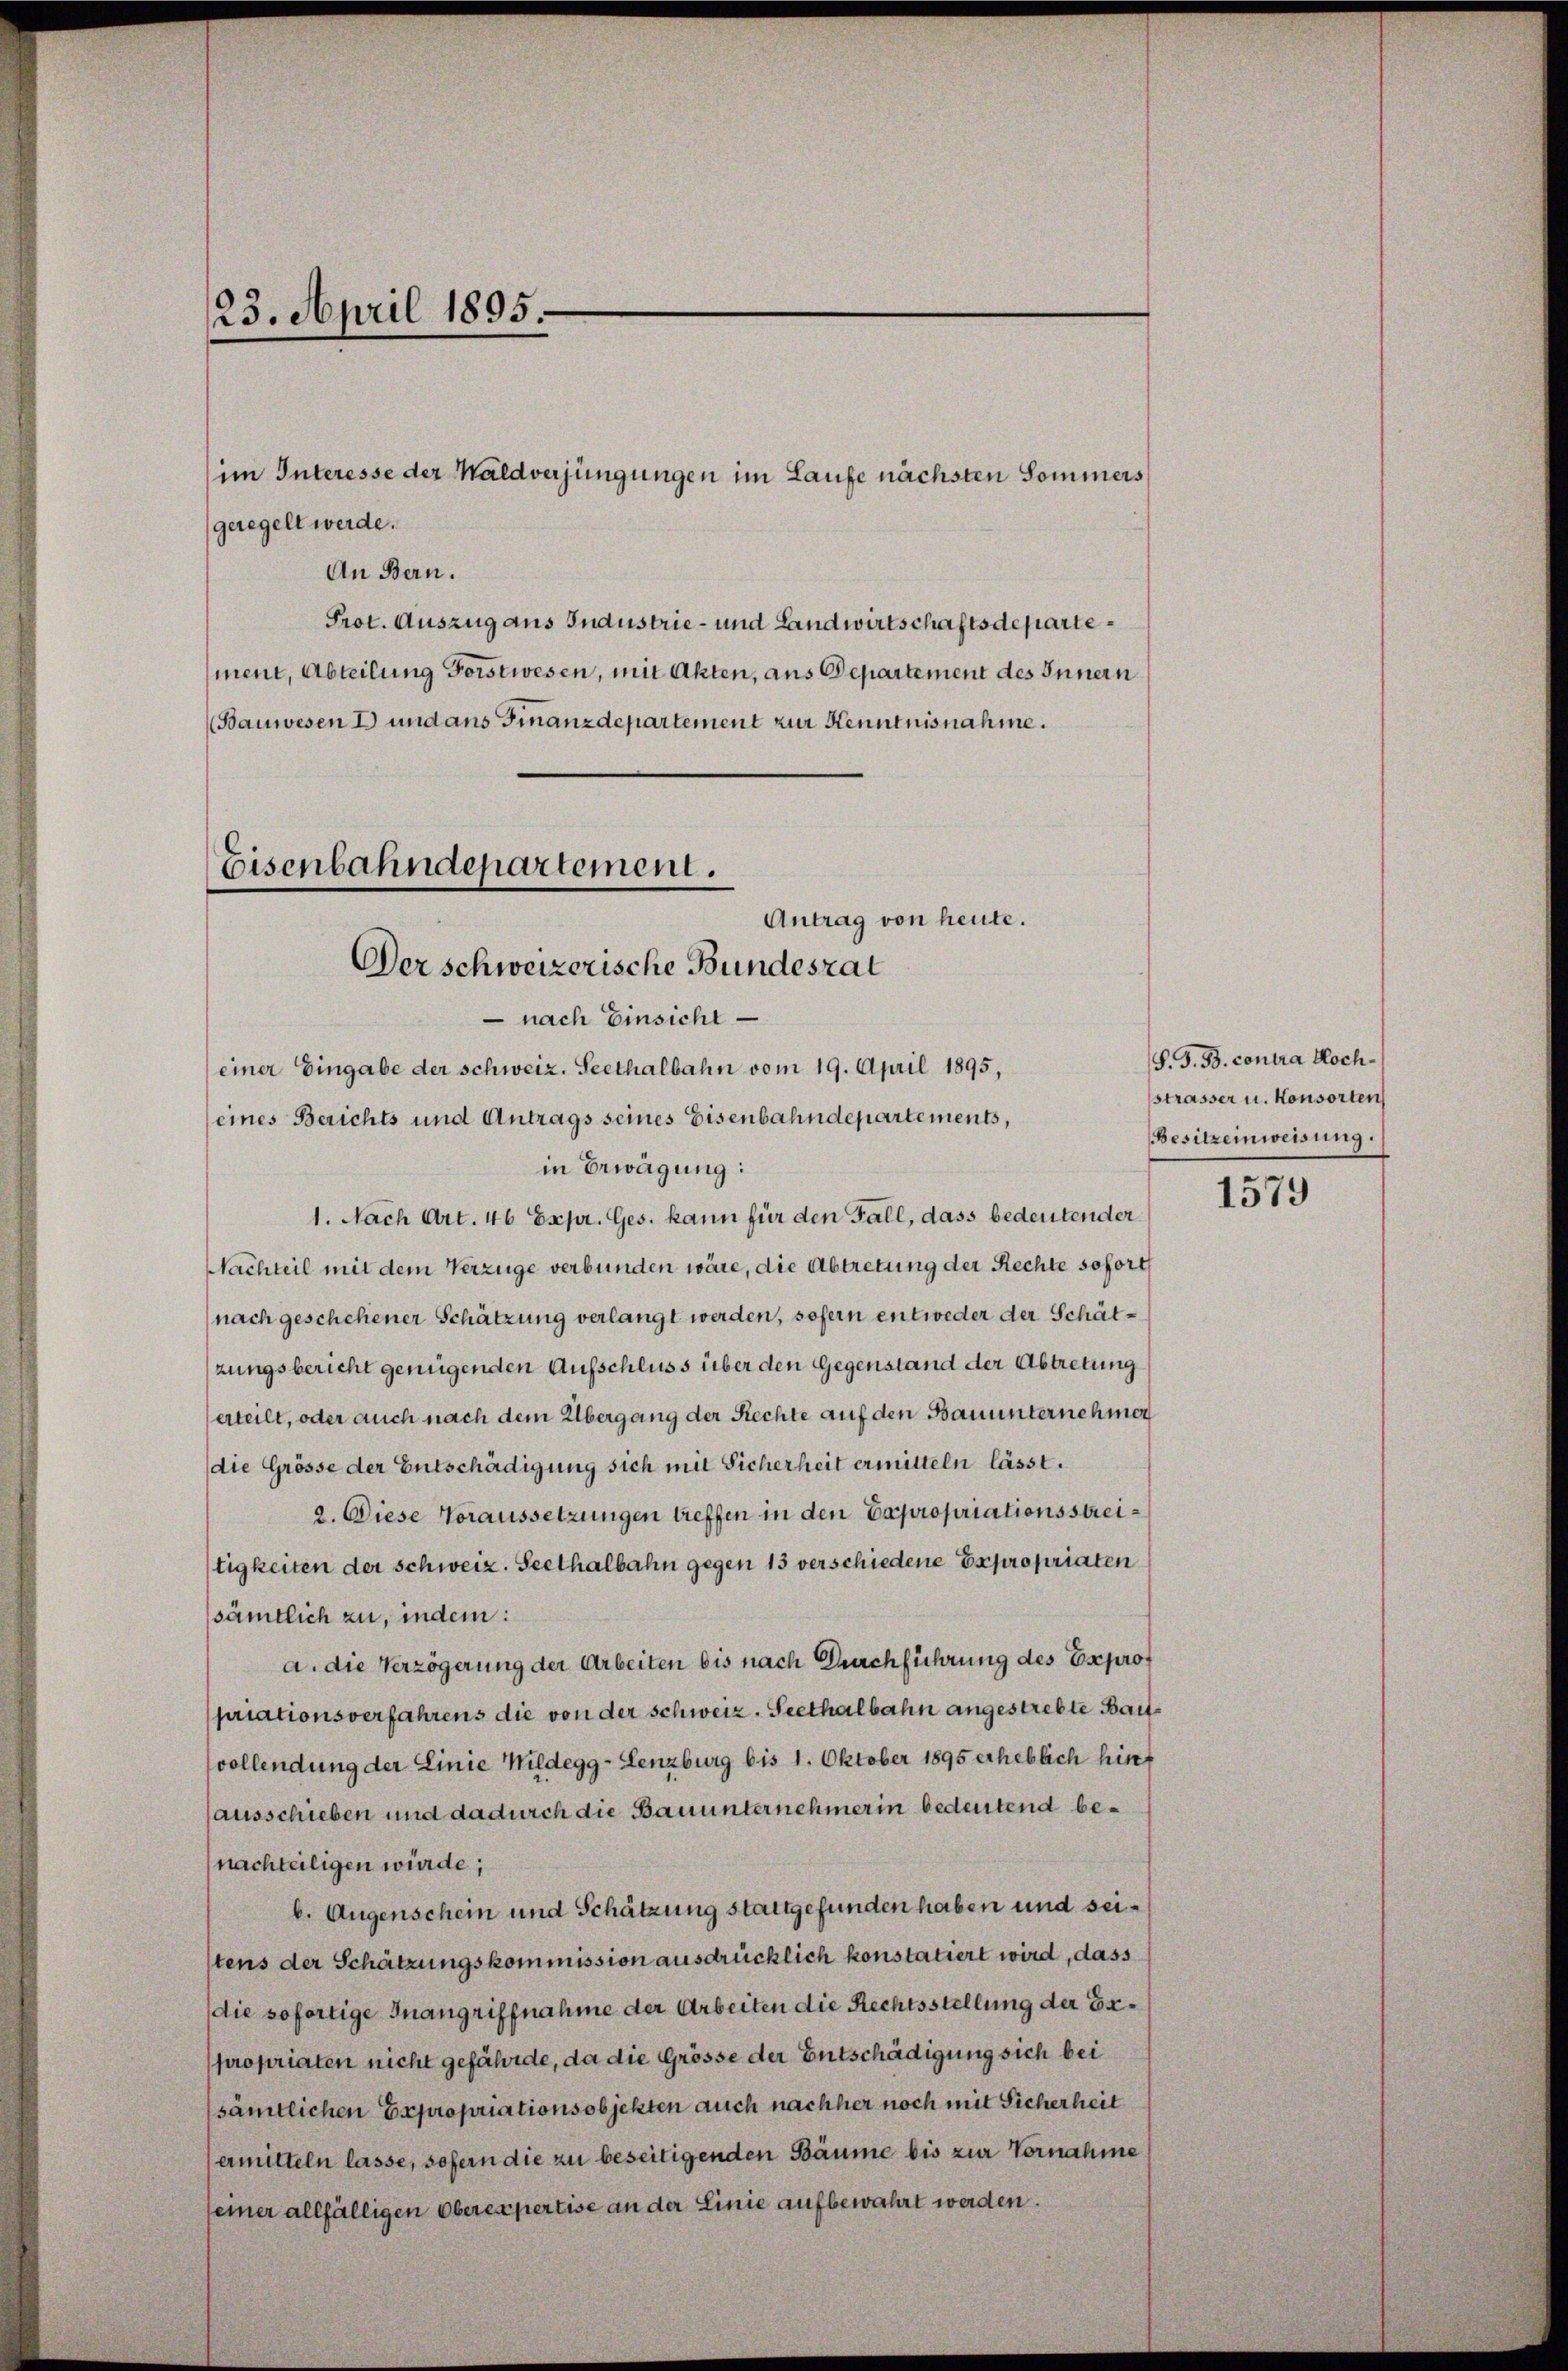
23. April 1895.

geregelt werde.
An Bern.

Eisenbahndepartement.
Antrag von heute.
Der schweizerische Bundesrat
 nach Einsicht
einer Eingabe der schweiz. Seethalbahn vom 19. April 1895,

im Interesse der Waldverjüngungen im Laufe nächsten Sommers
Prot. Auszug aus Industrie- und Landwirtschaftsdepartement, Abteilung Forstwesen, mit Akten, aus Departement des Innern
Bauwesen I und ans Finanzdepartement zur Kenntnisnahme.

eines Berichts und Antrags seines Eisenbahndepartements,
in Erwägung:
1. Nach Art. 46 Expr. Ges. kann für den Fall, dass bedeutender
Nachteil mit dem Verzüge verbunden wäre, die Abtretung der Rechte sofort
nach geschehener Schätzung verlangt werden, sofern entweder der Schätzungsbericht genügenden Aufschluss über den Gegenstand der Abtretung
erteilt, oder auch nach dem Übergang der Rechte auf den Bauunternehmen
die Grösse der Entschädigung sich mit Sicherheit ermitteln lässt.
2. Diese Voraussetzungen treffen in den Expropriationsstreitigkeiten der schweiz. Seethalbahn gegen 13 verschiedene Expropriaten
sämtlich zu, indem:
a. die Verzögerung der Arbeiten bis nach Durchführung des Expropriationsverfahrens die von der schweiz. Seethalbahn angestrebte Baitvollendung der Linie Wildegg-Lenzburg bis 1. Oktober 1895 erheblich hinausschieben und dadurch die Bauunternehmerin bedeutend benachteiligen würde;
b. Augenschein und Schätzung stattgefunden haben und seitens der Schätzungskommission ausdrücklich konstatiert wird, dass
die sofortige Inangriffnahme der Arbeiten die Rechtsstellung der Expropriaten nicht gefährde, da die Grösse der Entschädigung sich bei
sämtlichen Expropriationsobjekten auch nachher noch mit Sicherheit
ermitteln lasse, sofern die zu beseitigenden Bäume bis zur Vornahme
seiner allfälligen Oberexpertise an der Linie aufbewahrt werden.

S. G. B. contra Hochstrasser u. Konsorten
Besitzeinweisung.

1579